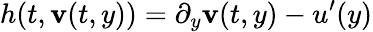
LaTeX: h(t,\mathbf{v}(t,y))=\partial_{y}\mathbf{v}(t,y)-u^{\prime}(y)